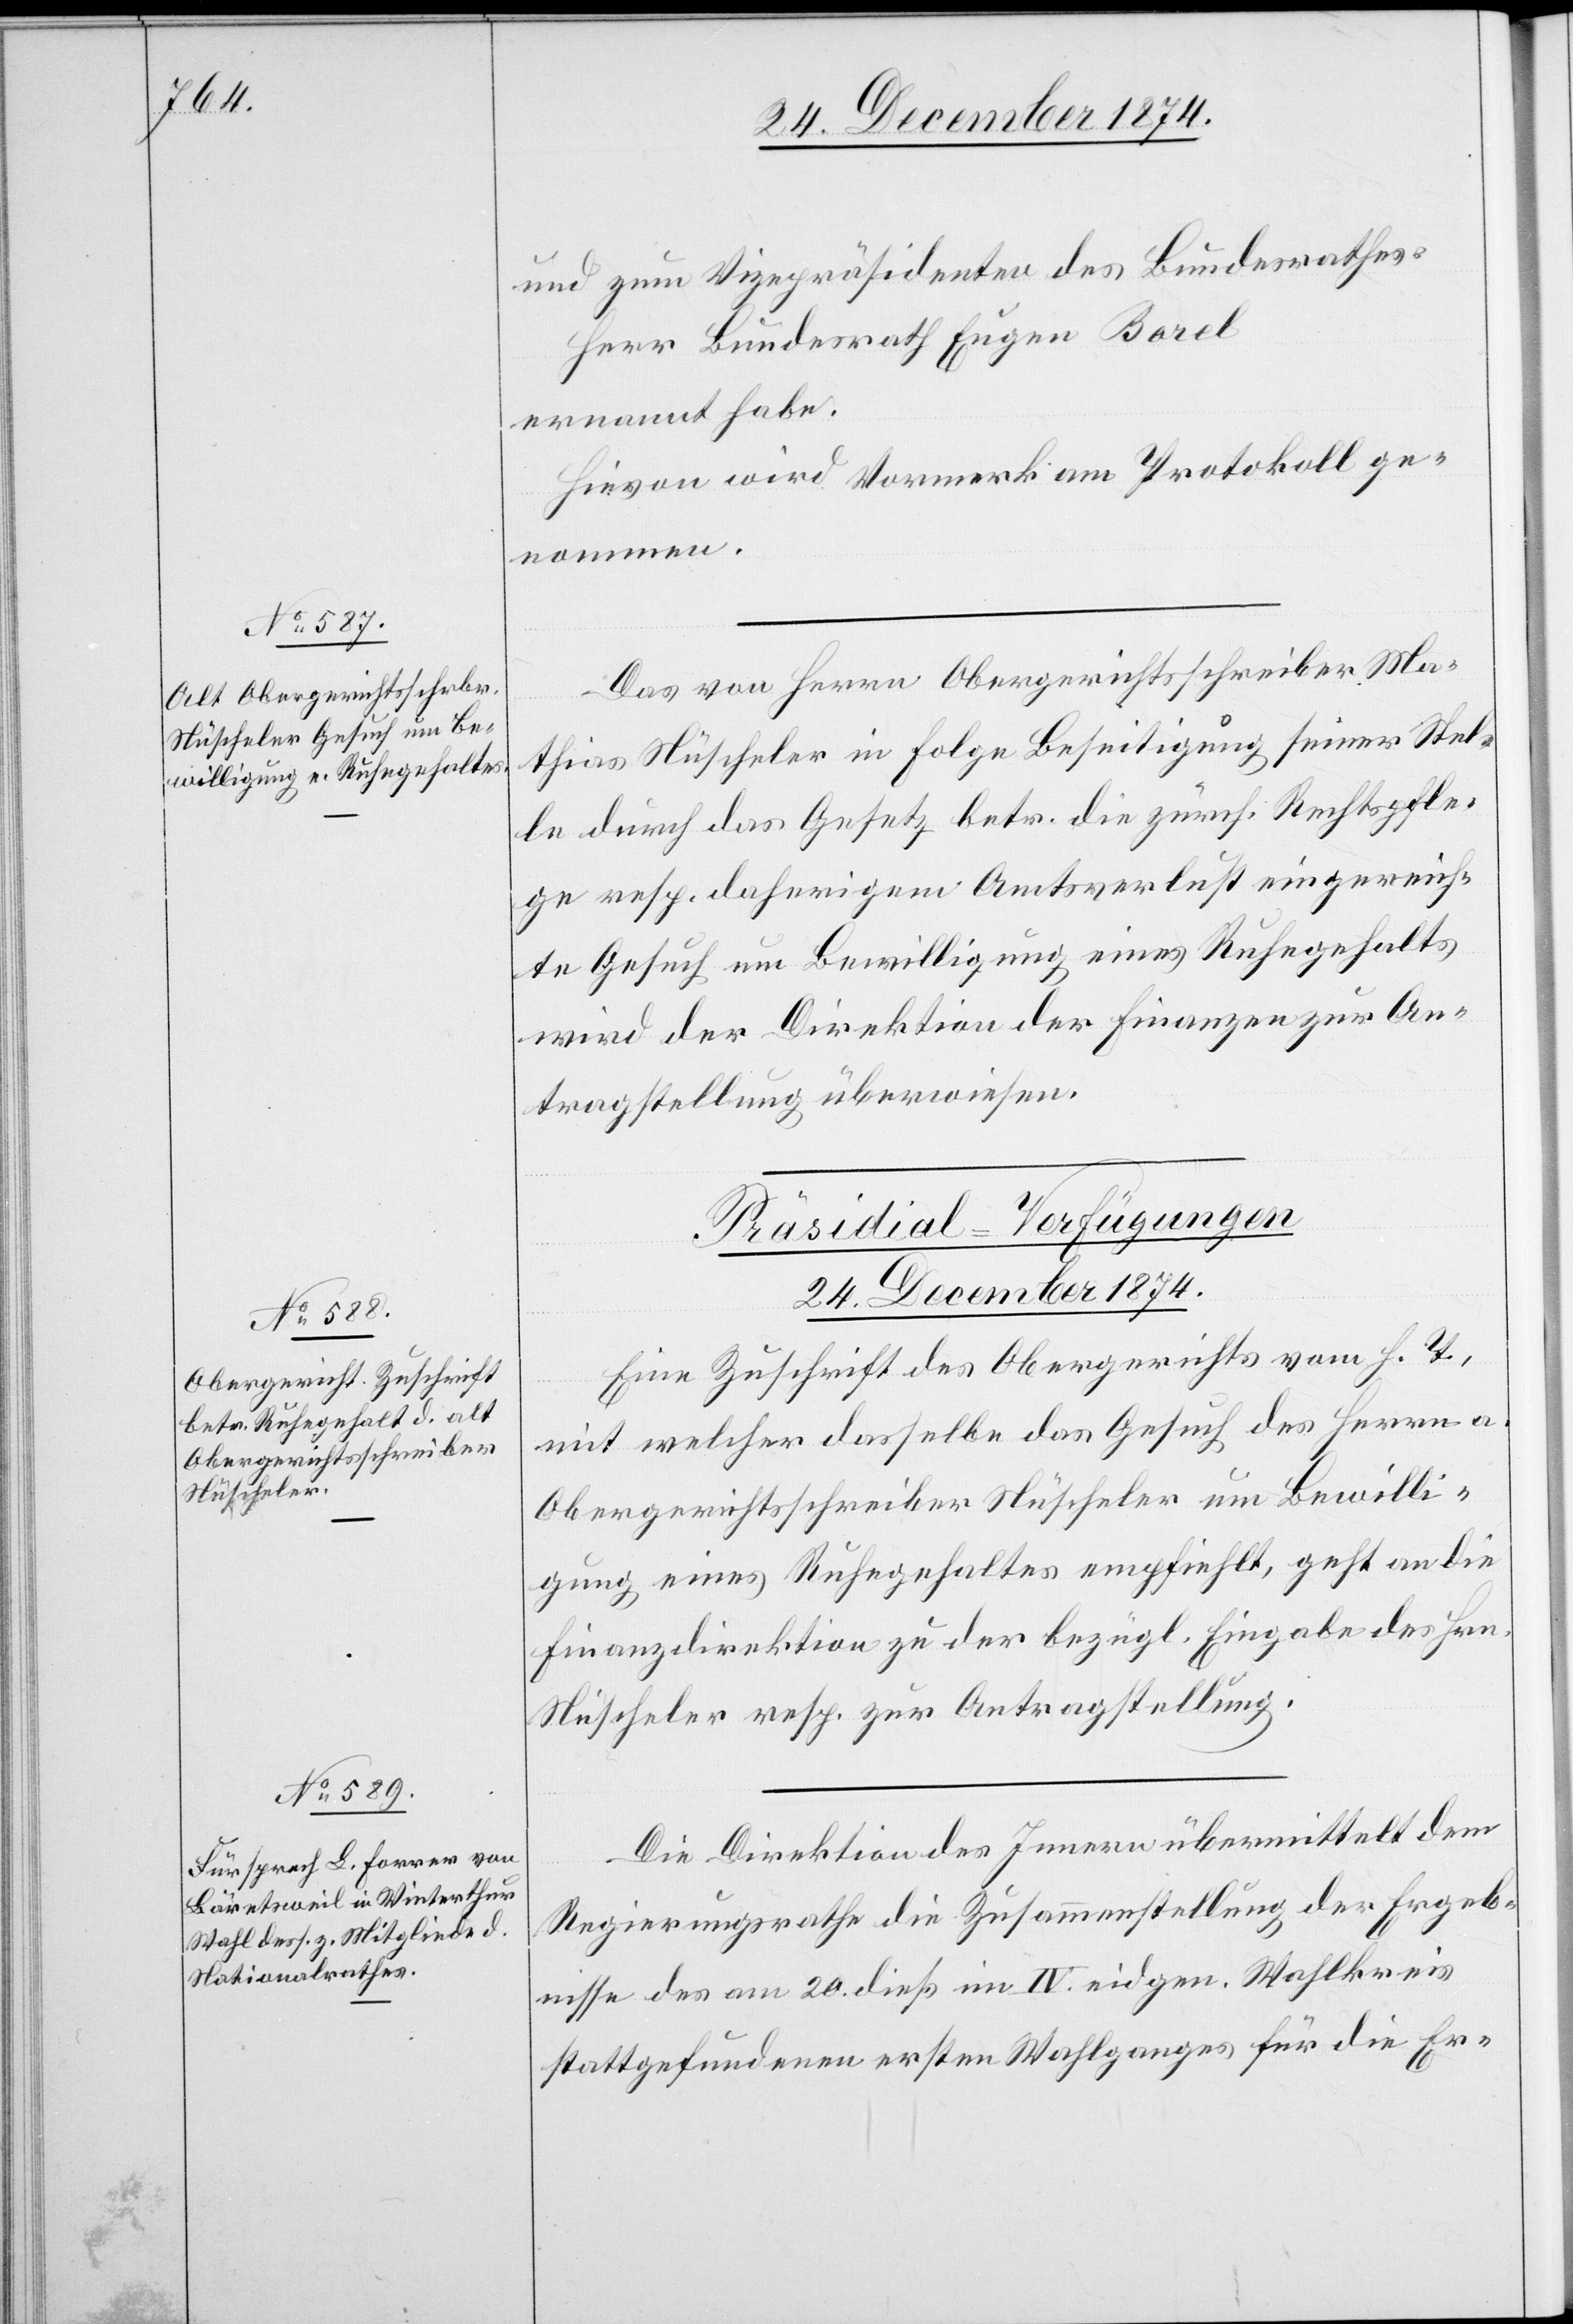
und zum Vizepräsidenten des Bundesrathes
Herr Bundesrath Eugen Borel
ernannt habe.
Hievon wird Vormerk am Protokoll ge¬
nommen.
Das von Herrn Obergerichtsschreiber Ma¬
thias Nüscheler in Folge Beseitigung seiner Stel¬
le durch das Gesetz betr. die zürch. Rechtspfle¬
ge resp. daherigem Amtsverlust eingereich¬
te Gesuch um Bewilligung eines Ruhegehalts
wird der Direktion der Finanzen zur An¬
tragstellung überwiesen.
[Präsidial-Verfügungen
24. December 1874.]
Eine Zuschrift des Obergerichts vom h. T.,
mit welcher dasselbe das Gesuch des Herrn a.
Obergerichtsschreiber Nüscheler um Bewilli¬
gung eines Ruhegehaltes empfiehlt, geht an die
Finanzdirektion zu der bezügl. Eingabe des Hrn.
Nüscheler resp. zur Antragstellung.
Die Direktion des Innern übermittelt dem
Regierungsrathe die Zusammenstellung der Ergeb¬
nisse des am 20. dieß im IV. eidgen. Wahlkreis
stattgefundenen ersten Wahlganges für die Er-